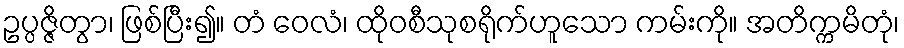
ဥပ္ပဇ္ဇိတွာ၊ ဖြစ်ပြီး၍။ တံ ဝေလံ၊ ထိုဝစီသုစရိုက်ဟူသော ကမ်းကို။ အတိက္ကမိတုံ၊